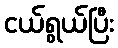
ငယ်ရွယ်ပြီး